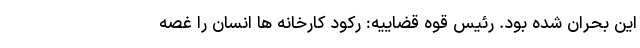
این بحران شده بود. رئیس قوه قضاییه: ‌‌رکود کارخانه‌ ها انسان را غصه